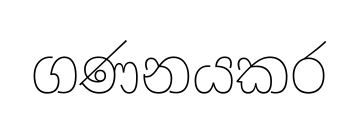
ගණනයකර